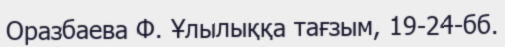
Оразбаева Ф. Ұлылыққа тағзым, 19-24-бб.